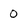
Character: 0